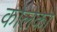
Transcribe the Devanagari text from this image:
कोलेको